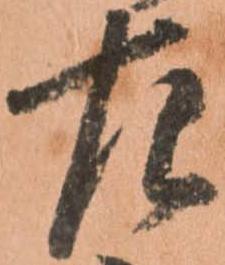
左